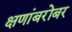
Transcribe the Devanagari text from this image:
क्षणांबरोबर